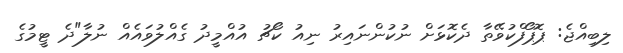
ލިބިއްޖެ: ޕޮޕޯފްކުވޭތާ ދެކޮޅަށް ނުކުންނައިރު ނިއު ކޯޗު އުއްމީދު ގެއްލުވައެއް ނުލާ"ދެ ޓީމުގެ